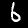
Digit: 6